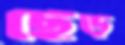
ছেঁড়্‌